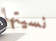
نسيتها